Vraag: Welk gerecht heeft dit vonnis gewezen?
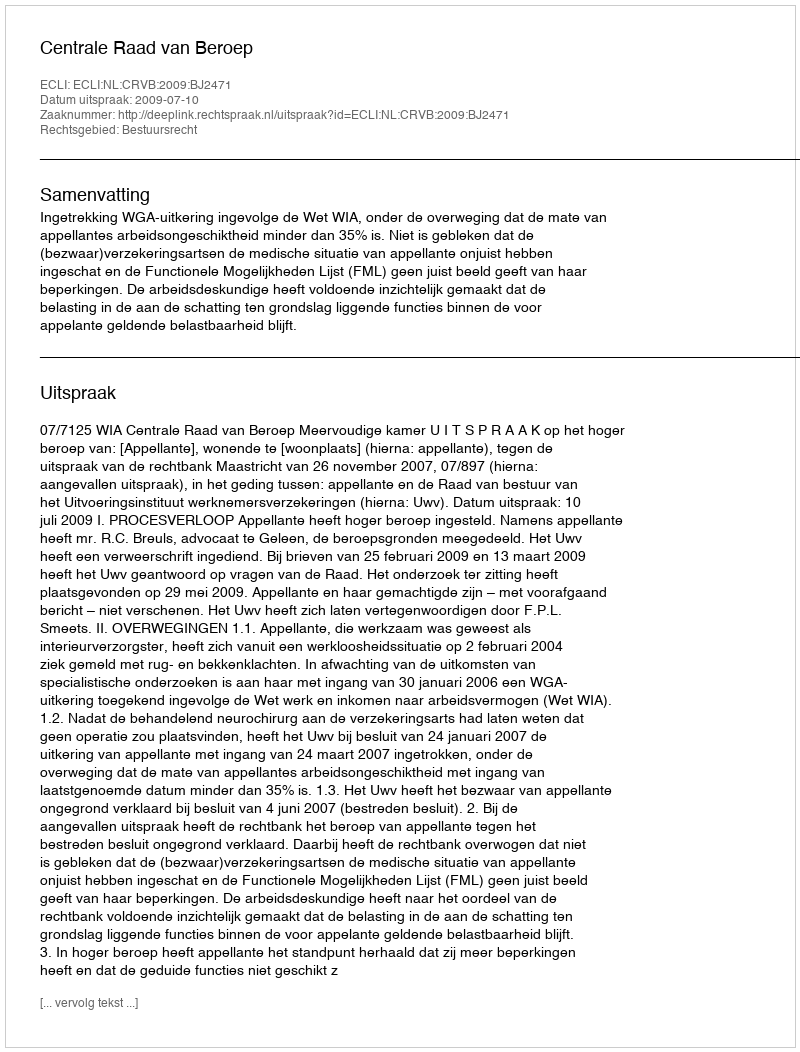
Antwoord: Centrale Raad van Beroep